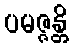
ပမဇ္ဇန္တိ